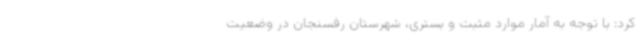
کرد: با توجه به آمار موارد مثبت و بستری، شهرستان رفسنجان در وضعیت